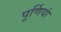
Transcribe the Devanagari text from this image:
पूर्णियां